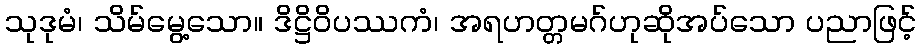
သုဒုမံ၊ သိမ်မွေ့သော။ ဒိဋ္ဌိဝိပဿကံ၊ အရဟတ္တမဂ်ဟုဆိုအပ်သော ပညာဖြင့်